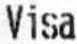
VISA